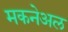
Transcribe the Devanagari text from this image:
मकनेअल